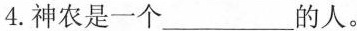
4.神农是一个___的人。